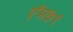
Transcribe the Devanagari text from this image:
ऍम७९